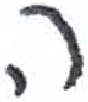
אות: ה